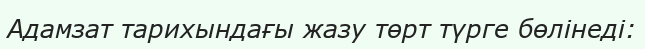
Адамзат тарихындағы жазу төрт түрге бөлінеді: